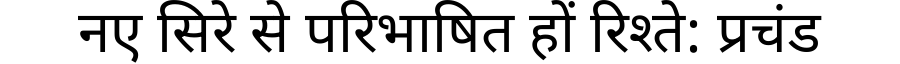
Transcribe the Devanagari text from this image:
नए सिरे से परिभाषित हों रिश्ते: प्रचंड